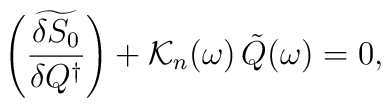
\left(\widetilde{\frac{\delta S_0}{\delta Q^\dagger}}\right)+{\cal K}_n(\omega)\,\tilde{Q}(\omega)=0,